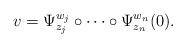
LaTeX: \begin{align*}v=\Psi^{w_j}_{z_j}\circ\cdots\circ\Psi^{w_n}_{z_n}(0).\end{align*}